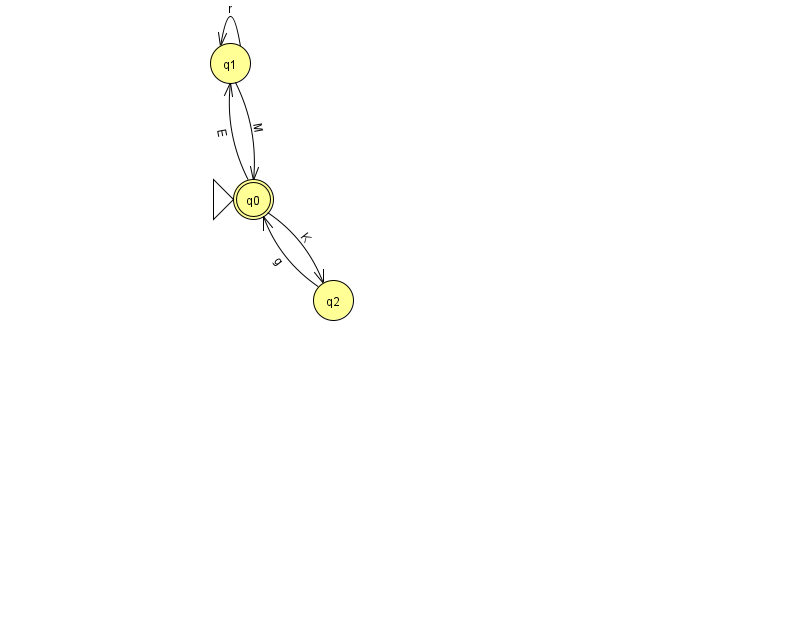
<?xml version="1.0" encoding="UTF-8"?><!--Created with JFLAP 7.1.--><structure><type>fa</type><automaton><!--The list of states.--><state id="0" name="q0"><x>253.0</x><y>186.0</y><initial/><final/></state><state id="1" name="q1"><x>230.0</x><y>50.0</y></state><state id="2" name="q2"><x>333.0</x><y>287.0</y></state><!--The list of transitions.--><transition><from>0</from><to>2</to><read>K</read></transition><transition><from>1</from><to>1</to><read>r</read></transition><transition><from>1</from><to>0</to><read>M</read></transition><transition><from>0</from><to>1</to><read>E</read></transition><transition><from>2</from><to>0</to><read>g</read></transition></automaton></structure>